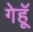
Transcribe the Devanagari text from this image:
गेहूॅ